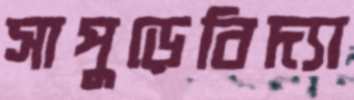
সাপুড়েবিদ্যা